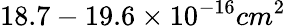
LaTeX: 18.7-19.6\times 10^{-16}cm^{2}